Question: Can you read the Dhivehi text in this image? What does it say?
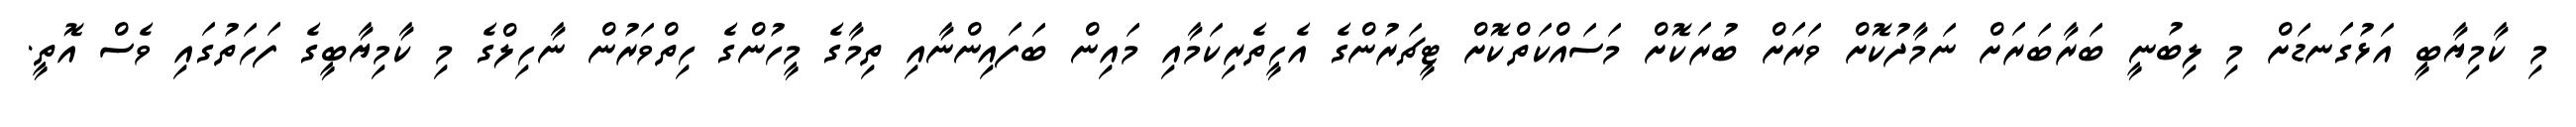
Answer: މި ކާމިޔާބީ އަޅުގަނޑަށް މި ލިބުނީ ބަރާބަރަށް ނަމާދުކޮށް ވަރަށް ބުރަކޮށް މަސައްކަތްކޮށް ޓީޗަރުންގެ އެހީތެރިކަމާއި މައިން ބަފައިންނާއި ތިމާގެ މީހުންގެ ހިތްވަރުން ނާހިލްގެ މި ކާމިޔާބީގެ ފަހަތުގައި ވެސް އޮތީ.